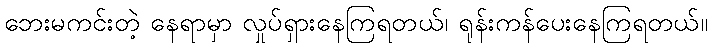
ဘေးမကင်းတဲ့ နေရာမှာ လှုပ်ရှားနေကြရတယ်၊ ရုန်းကန်ပေးနေကြရတယ်။